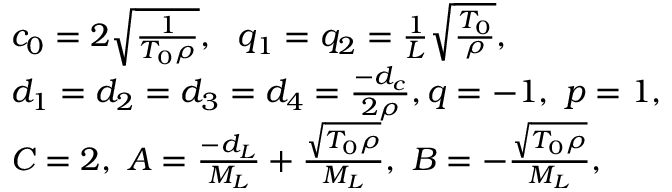
\begin{array} { r l } & { c _ { 0 } = 2 \sqrt { \frac { 1 } { T _ { 0 } \rho } } , ~ ~ { q _ { 1 } } = q _ { 2 } = \frac { 1 } { L } \sqrt { \frac { T _ { 0 } } { \rho } } , } \\ & { d _ { 1 } = d _ { 2 } = d _ { 3 } = d _ { 4 } = \frac { { { - d _ { c } } } } { 2 \rho } , q = - 1 , ~ p = 1 , } \\ & { C = 2 , ~ { A } = \frac { - d _ { L } } { M _ { L } } + \frac { \sqrt { T _ { 0 } \rho } } { M _ { L } } , ~ { B } = - \frac { \sqrt { { T _ { 0 } } \rho } } { M _ { L } } , } \end{array}